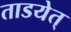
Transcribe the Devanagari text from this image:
ताडयेत्